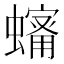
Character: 𧒠